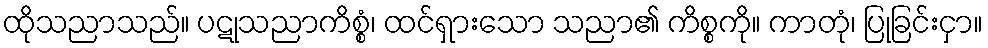
ထိုသညာသည်။ ပဋုသညာကိစ္စံ၊ ထင်ရှားသော သညာ၏ ကိစ္စကို။ ကာတုံ၊ ပြုခြင်းငှာ။